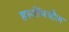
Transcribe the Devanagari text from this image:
हस्तींमधील